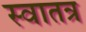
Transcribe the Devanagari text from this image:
स्वातत्र